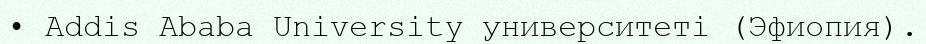
• Addis Ababa University университеті (Эфиопия).